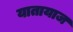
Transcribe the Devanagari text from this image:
यातायाज